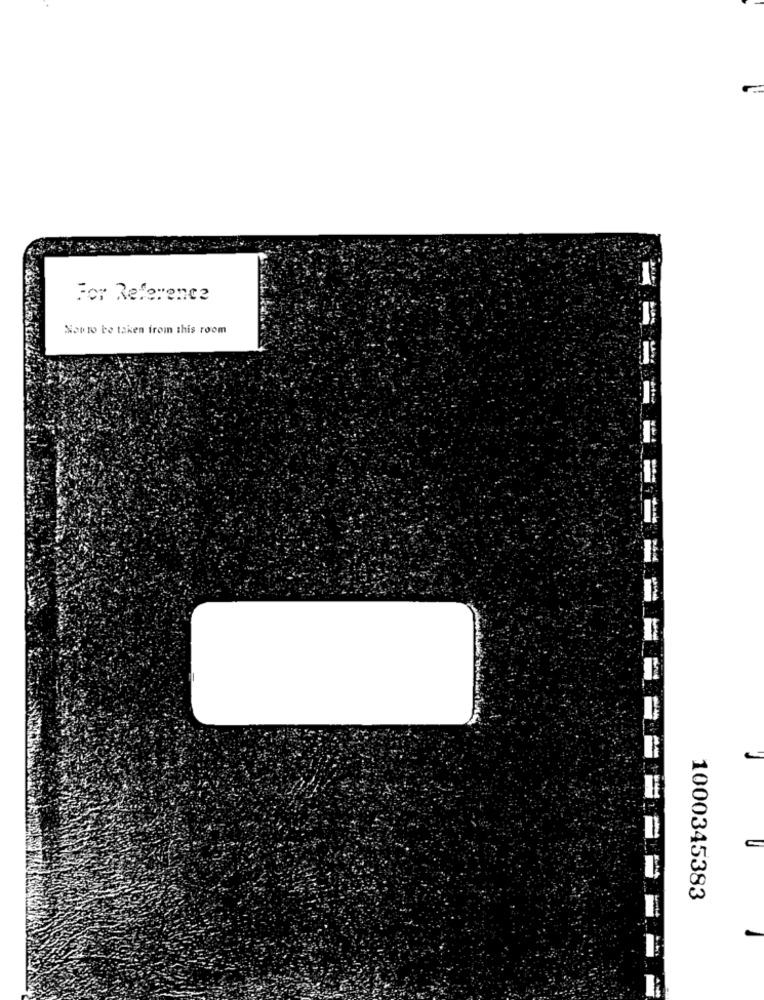
For Reference
Nowto be taken from this room
-----------
1000345383